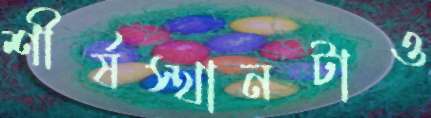
শীর্ষস্থানটাও